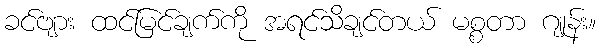
ခင်ဗျား ထင်မြင်ချက်ကို အရင်သိချင်တယ် မစ္စတာ ဂျုန်း။